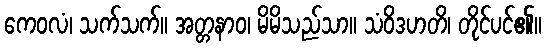
ကေဝလံ၊ သက်သက်။ အတ္တနာဝ၊ မိမိသည်သာ။ သံဝိဒဟတိ၊ တိုင်ပင်၏။